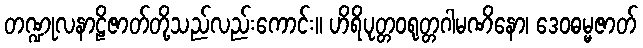
တဏ္ဍုလနာဠိဇာတ်တို့သည်လည်းကောင်း။ ဟိရိပုတ္တဝရုတ္တဂါမဏိနော၊ ဒေဝဓမ္မဇာတ်